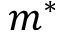
m ^ { * }